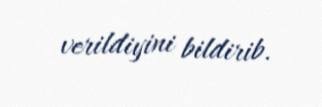
verildiyini bildirib.